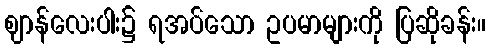
ဈာန်လေးပါး၌ ရအပ်သော ဥပမာများကို ပြဆိုခန်း။